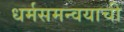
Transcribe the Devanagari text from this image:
धर्मसमन्वयाची